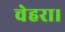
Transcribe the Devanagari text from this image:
चेहरा।